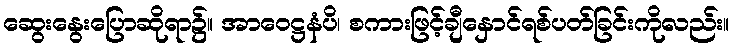
ဆွေးနွေးပြောဆိုရာ၌။ အာဝေဋ္ဌနံပိ၊ စကားဖြင့်ချီနှောင်ရစ်ပတ်ခြင်းကိုလည်း။